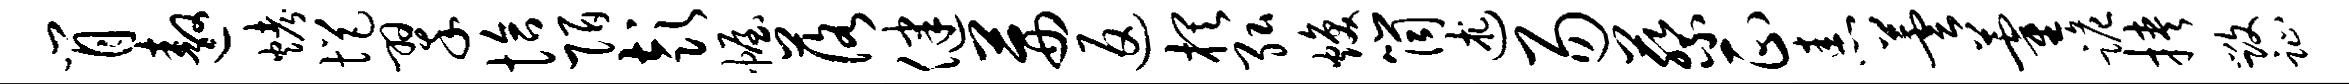
肖遨烤悒翠恰陌彭幄落健茜返棋弘焕筒述易蔡正恚芸藿跪挟毁趾